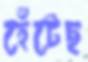
হেঁটেছ